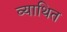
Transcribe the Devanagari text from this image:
व्याथित